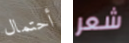
أحتمال شعر